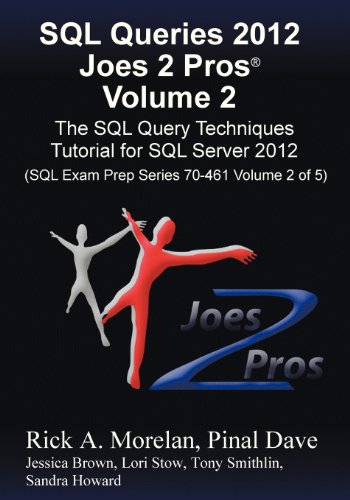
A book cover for SQL Queries 2012 Joes 2 Pros (R) Volume 2: The SQL Query Techniques Tutorial for SQL Server 2012 (SQL Exam Prep Series 70-461 Volume 2 of 5); Rick Morelan; Computers & Technology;